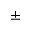
\pm